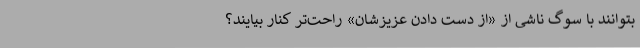
بتوانند با سوگ ناشی از «از دست دادن عزیزشان» راحت‌تر کنار بیایند؟